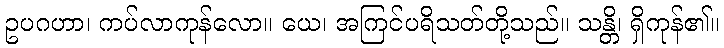
ဥပဂဟာ၊ ကပ်လာကုန်လော။ ယေ၊ အကြင်ပရိသတ်တို့သည်။ သန္တိ၊ ရှိကုန်၏။